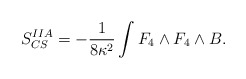
\begin{align*}S_{CS}^{IIA} = -\frac{1}{8\kappa^2}\int F_4 \wedge F_4 \wedge B .\end{align*}